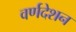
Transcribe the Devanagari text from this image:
वर्णदेशन